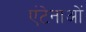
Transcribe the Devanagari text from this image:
एंटेनाओं